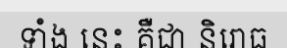
ទាំង នេះ គឺជា និរោធ